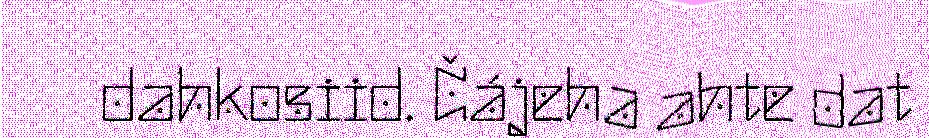
dahkosiid. Čájeha ahte dat